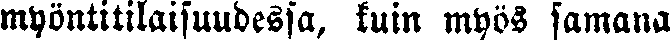
myöntitilaisuudessa, kuin myös samana